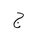
Letter: _gim